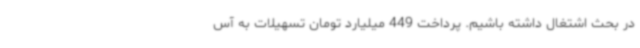
در بحث اشتغال داشته باشیم. پرداخت 449 میلیارد تومان تسهیلات به آس